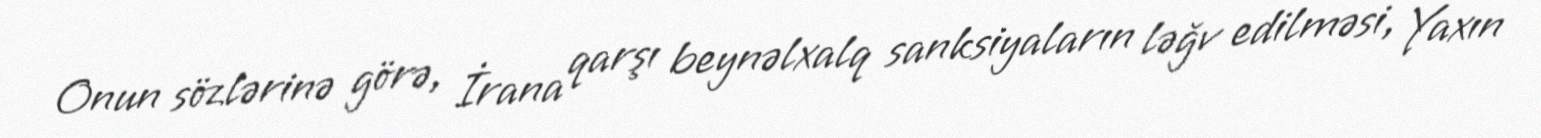
Onun sözlərinə görə, İrana qarşı beynəlxalq sanksiyaların ləğv edilməsi, Yaxın